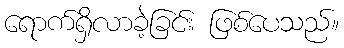
ရောက်ရှိလာခဲ့ခြင်း ဖြစ်ပေသည်။